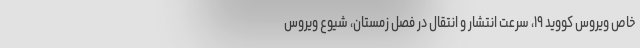
خاص ویروس کووید ۱۹، سرعت انتشار و انتقال در فصل زمستان، شیوع ویروس­